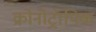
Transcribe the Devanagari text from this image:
क्रोनोट्रॉपिक